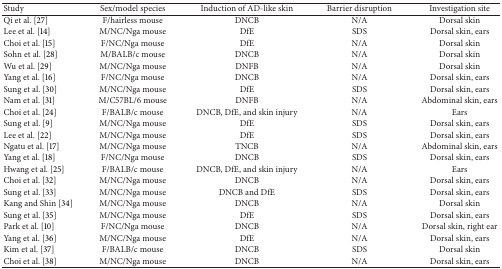
<table><thead><tr><td><b>Study</b></td><td><b>Sex/model species</b></td><td><b>Induction of AD-like skin</b></td><td><b>Barrier disruption</b></td><td><b>Investigation site</b></td></tr></thead><tbody><tr><td>Qi et al. [27]</td><td>F/hairless mouse</td><td>DNCB</td><td>N/A</td><td>Dorsal skin </td></tr><tr><td>Lee et al. [14]</td><td>M/NC/Nga mouse</td><td>DfE </td><td>SDS</td><td>Dorsal skin, ears</td></tr><tr><td>Choi et al. [15]</td><td>F/NC/Nga mouse</td><td>DfE </td><td>N/A</td><td>Dorsal skin</td></tr><tr><td>Sohn et al. [28]</td><td>M/BALB/c mouse</td><td>DNCB</td><td>N/A </td><td>Dorsal skin</td></tr><tr><td>Wu et al. [29]</td><td>M/NC/Nga mouse</td><td>DNFB</td><td>N/A</td><td>Dorsal skin</td></tr><tr><td>Yang et al. [16]</td><td>F/NC/Nga mouse</td><td>DNCB</td><td>N/A</td><td>Dorsal skin, ears</td></tr><tr><td>Sung et al. [30]</td><td>M/NC/Nga mouse</td><td>DfE </td><td>SDS</td><td>Dorsal skin, ears</td></tr><tr><td>Nam et al. [31]</td><td>M/C57BL/6 mouse</td><td>DNFB</td><td>N/A</td><td>Abdominal skin, ears</td></tr><tr><td>Choi et al. [24]</td><td>F/BALB/c mouse</td><td>DNCB, DfE, and skin injury</td><td>N/A</td><td>Ears</td></tr><tr><td>Sung et al. [9]</td><td>M/NC/Nga mouse</td><td>DfE </td><td>SDS</td><td>Dorsal skin, ears</td></tr><tr><td>Lee et al. [22]</td><td>M/NC/Nga mouse</td><td>DfE</td><td>SDS</td><td>Dorsal skin, ears</td></tr><tr><td>Ngatu et al. [17]</td><td>M/NC/Nga mouse</td><td>TNCB</td><td>N/A</td><td>Abdominal skin, ears</td></tr><tr><td>Yang et al. [18]</td><td>F/NC/Nga mouse</td><td>DNCB</td><td>SDS</td><td>Dorsal skin, ears</td></tr><tr><td>Hwang et al. [25]</td><td>F/BALB/c mouse</td><td>DNCB, DfE, and skin injury</td><td>N/A</td><td>Ears</td></tr><tr><td>Choi et al. [32]</td><td>M/NC/Nga mouse</td><td>DNCB</td><td>N/A</td><td>Dorsal skin, ears</td></tr><tr><td>Sung et al. [33]</td><td>M/NC/Nga mouse</td><td>DNCB and DfE</td><td>SDS</td><td>Dorsal skin, ears</td></tr><tr><td>Kang and Shin [34]</td><td>M/NC/Nga mouse</td><td>DNCB</td><td>N/A</td><td>Dorsal skin</td></tr><tr><td>Sung et al. [35]</td><td>M/NC/Nga mouse</td><td>DfE</td><td>SDS</td><td>Dorsal skin, ears</td></tr><tr><td>Park et al. [10]</td><td>F/NC/Nga mouse</td><td>DNCB</td><td>N/A</td><td>Dorsal skin, right ear</td></tr><tr><td>Yang et al. [36]</td><td>M/NC/Nga mouse</td><td>DfE</td><td>N/A</td><td>Dorsal skin, ears</td></tr><tr><td>Kim et al. [37]</td><td>F/BALB/c mouse</td><td>DNCB</td><td>SDS</td><td>Dorsal skin</td></tr><tr><td>Choi et al. [38]</td><td>M/NC/Nga mouse</td><td>DNCB</td><td>N/A</td><td>Dorsal skin, ears</td></tr></tbody></table>